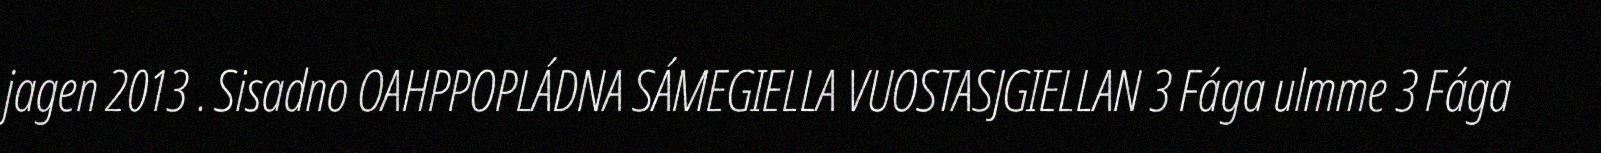
jagen 2013 . Sisadno OAHPPOPLÁDNA SÁMEGIELLA VUOSTASJGIELLAN 3 Fága ulmme 3 Fága